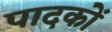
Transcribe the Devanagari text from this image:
पादकों